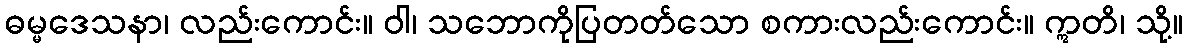
ဓမ္မဒေသနာ၊ လည်းကောင်း။ ဝါ၊ သဘောကိုပြတတ်သော စကားလည်းကောင်း။ ဣတိ၊ သို့။